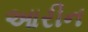
આરીન